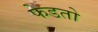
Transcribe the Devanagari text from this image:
फेडतो